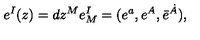
e ^ { I } ( z ) = d z ^ { M } e _ { M } ^ { I } = ( e ^ { a } , e ^ { A } , \bar { e } ^ { \dot { A } } ) ,